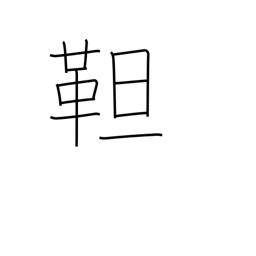
Meaning: tanned leather